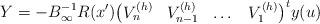
LaTeX: \begin{align*} Y=-B_{\infty}^{-1}R(x')\big(\begin{matrix} V_n^{(h)} &V_{n-1}^{(h)} & \dots & V_1^{(h)} \end{matrix}\big)^t y(u) \end{align*}